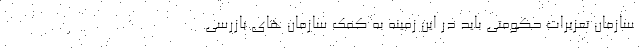
سازمان تعزیرات حکومتی باید در این زمینه به کمک سازمان های بازرسی